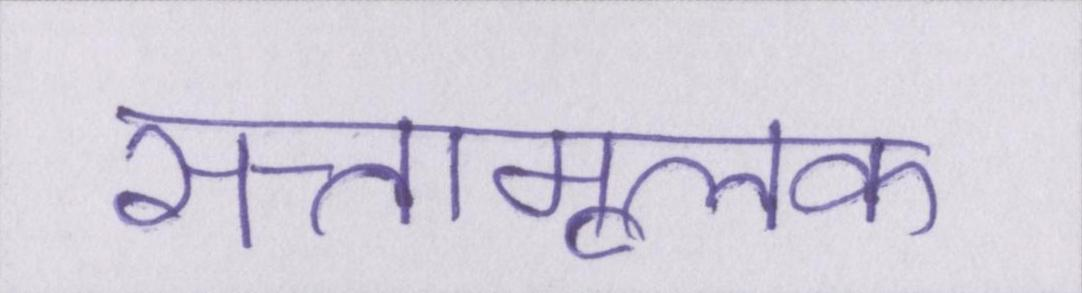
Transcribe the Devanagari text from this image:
सत्तामूलक